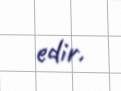
edir.